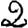
Digit: 2